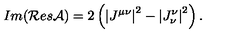
I m ( \mathcal { R } e s \mathcal { A } ) = 2 \left( \left| J ^ { \mu \nu } \right| ^ { 2 } - \left| J _ { \nu } ^ { \nu } \right| ^ { 2 } \right) { . }